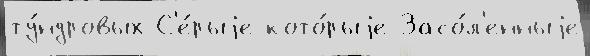
ту́ндровых С'е́рыjе кото́рыjе Засо́л'енныjе